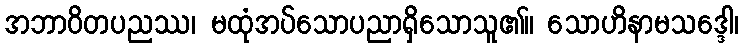
အဘာဝိတပညဿ၊ မထုံအပ်သောပညာရှိသောသူ၏။ သောဟိနာမသဒ္ဒေါ၊